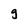
Character: g